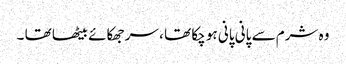
وہ شرم سے پانی پانی ہو چکا تھا ، سر جھکائے بیٹھا تھا ۔